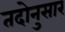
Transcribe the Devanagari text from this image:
तदोनुसार